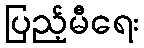
ပြည့်မီရေး